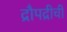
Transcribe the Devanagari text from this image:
द्रौपद्रीची